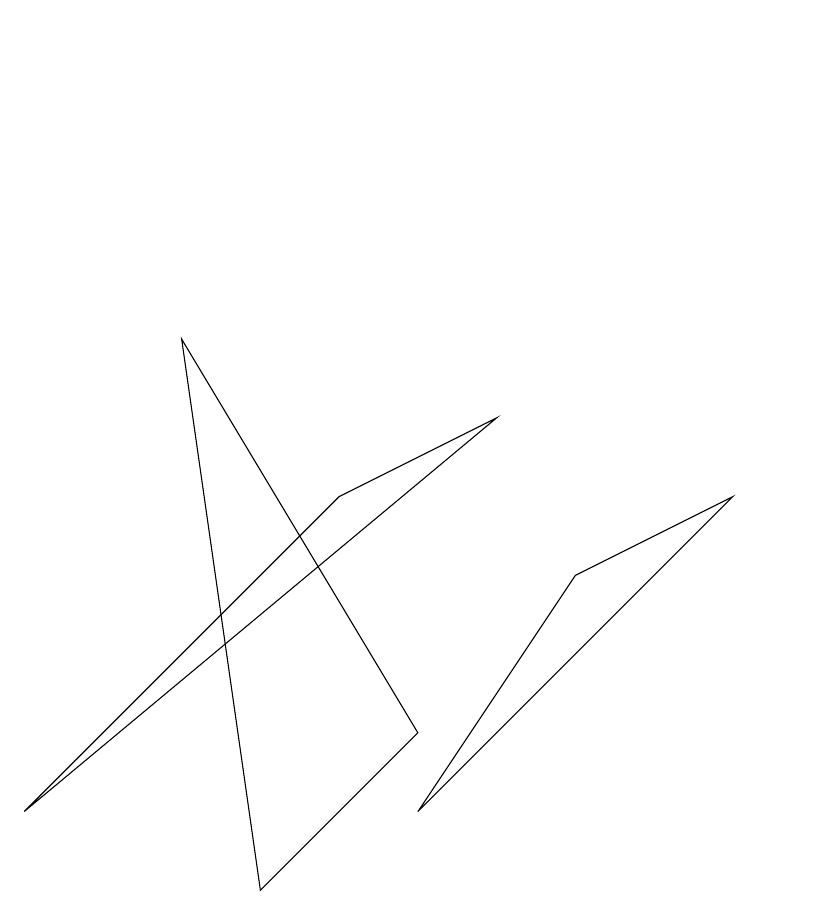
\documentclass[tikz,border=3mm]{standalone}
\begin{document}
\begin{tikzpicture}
\draw (2,7) -- (3,0) -- (5,2) -- cycle;
\draw (5,1) -- (7,4) -- (9,5) -- cycle;
\draw (6,6) -- (0,1) -- (4,5) -- cycle;
\draw (10,11) circle (0);
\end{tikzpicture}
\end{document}